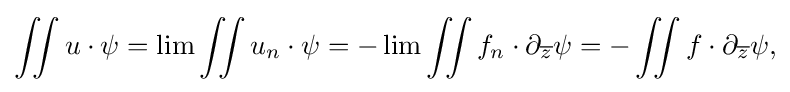
\displaystyle {\iint u\cdot \psi =\lim \iint u_{n}\cdot \psi =-\lim \iint f_{n}\cdot \partial _{\overline {z}}\psi =-\iint f\cdot \partial _{\overline {z}}\psi ,}